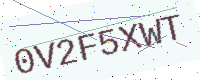
Text: 0V2F5XWT